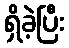
ရှိခဲ့ပြီး